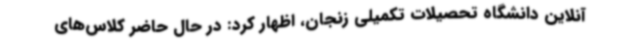
آنلاین دانشگاه تحصیلات تکمیلی زنجان، اظهار کرد: در حال حاضر کلاس‌های